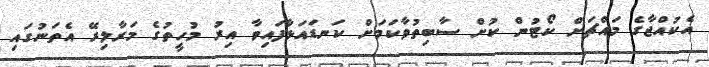
އެކުއްޖާގެ މައްޗަށް ކޯޓުން ކުށް ސާބިތުވާކަމަށް ކަނޑައަޅާފައިވާ އިރު މުހީތުގެ މަރާލިރޭ އެތަނުގައި